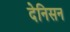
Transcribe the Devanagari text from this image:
देनिसन